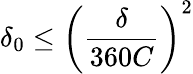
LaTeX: \delta_{0}\leq\left(\frac{\delta}{360C}\right)^{2}